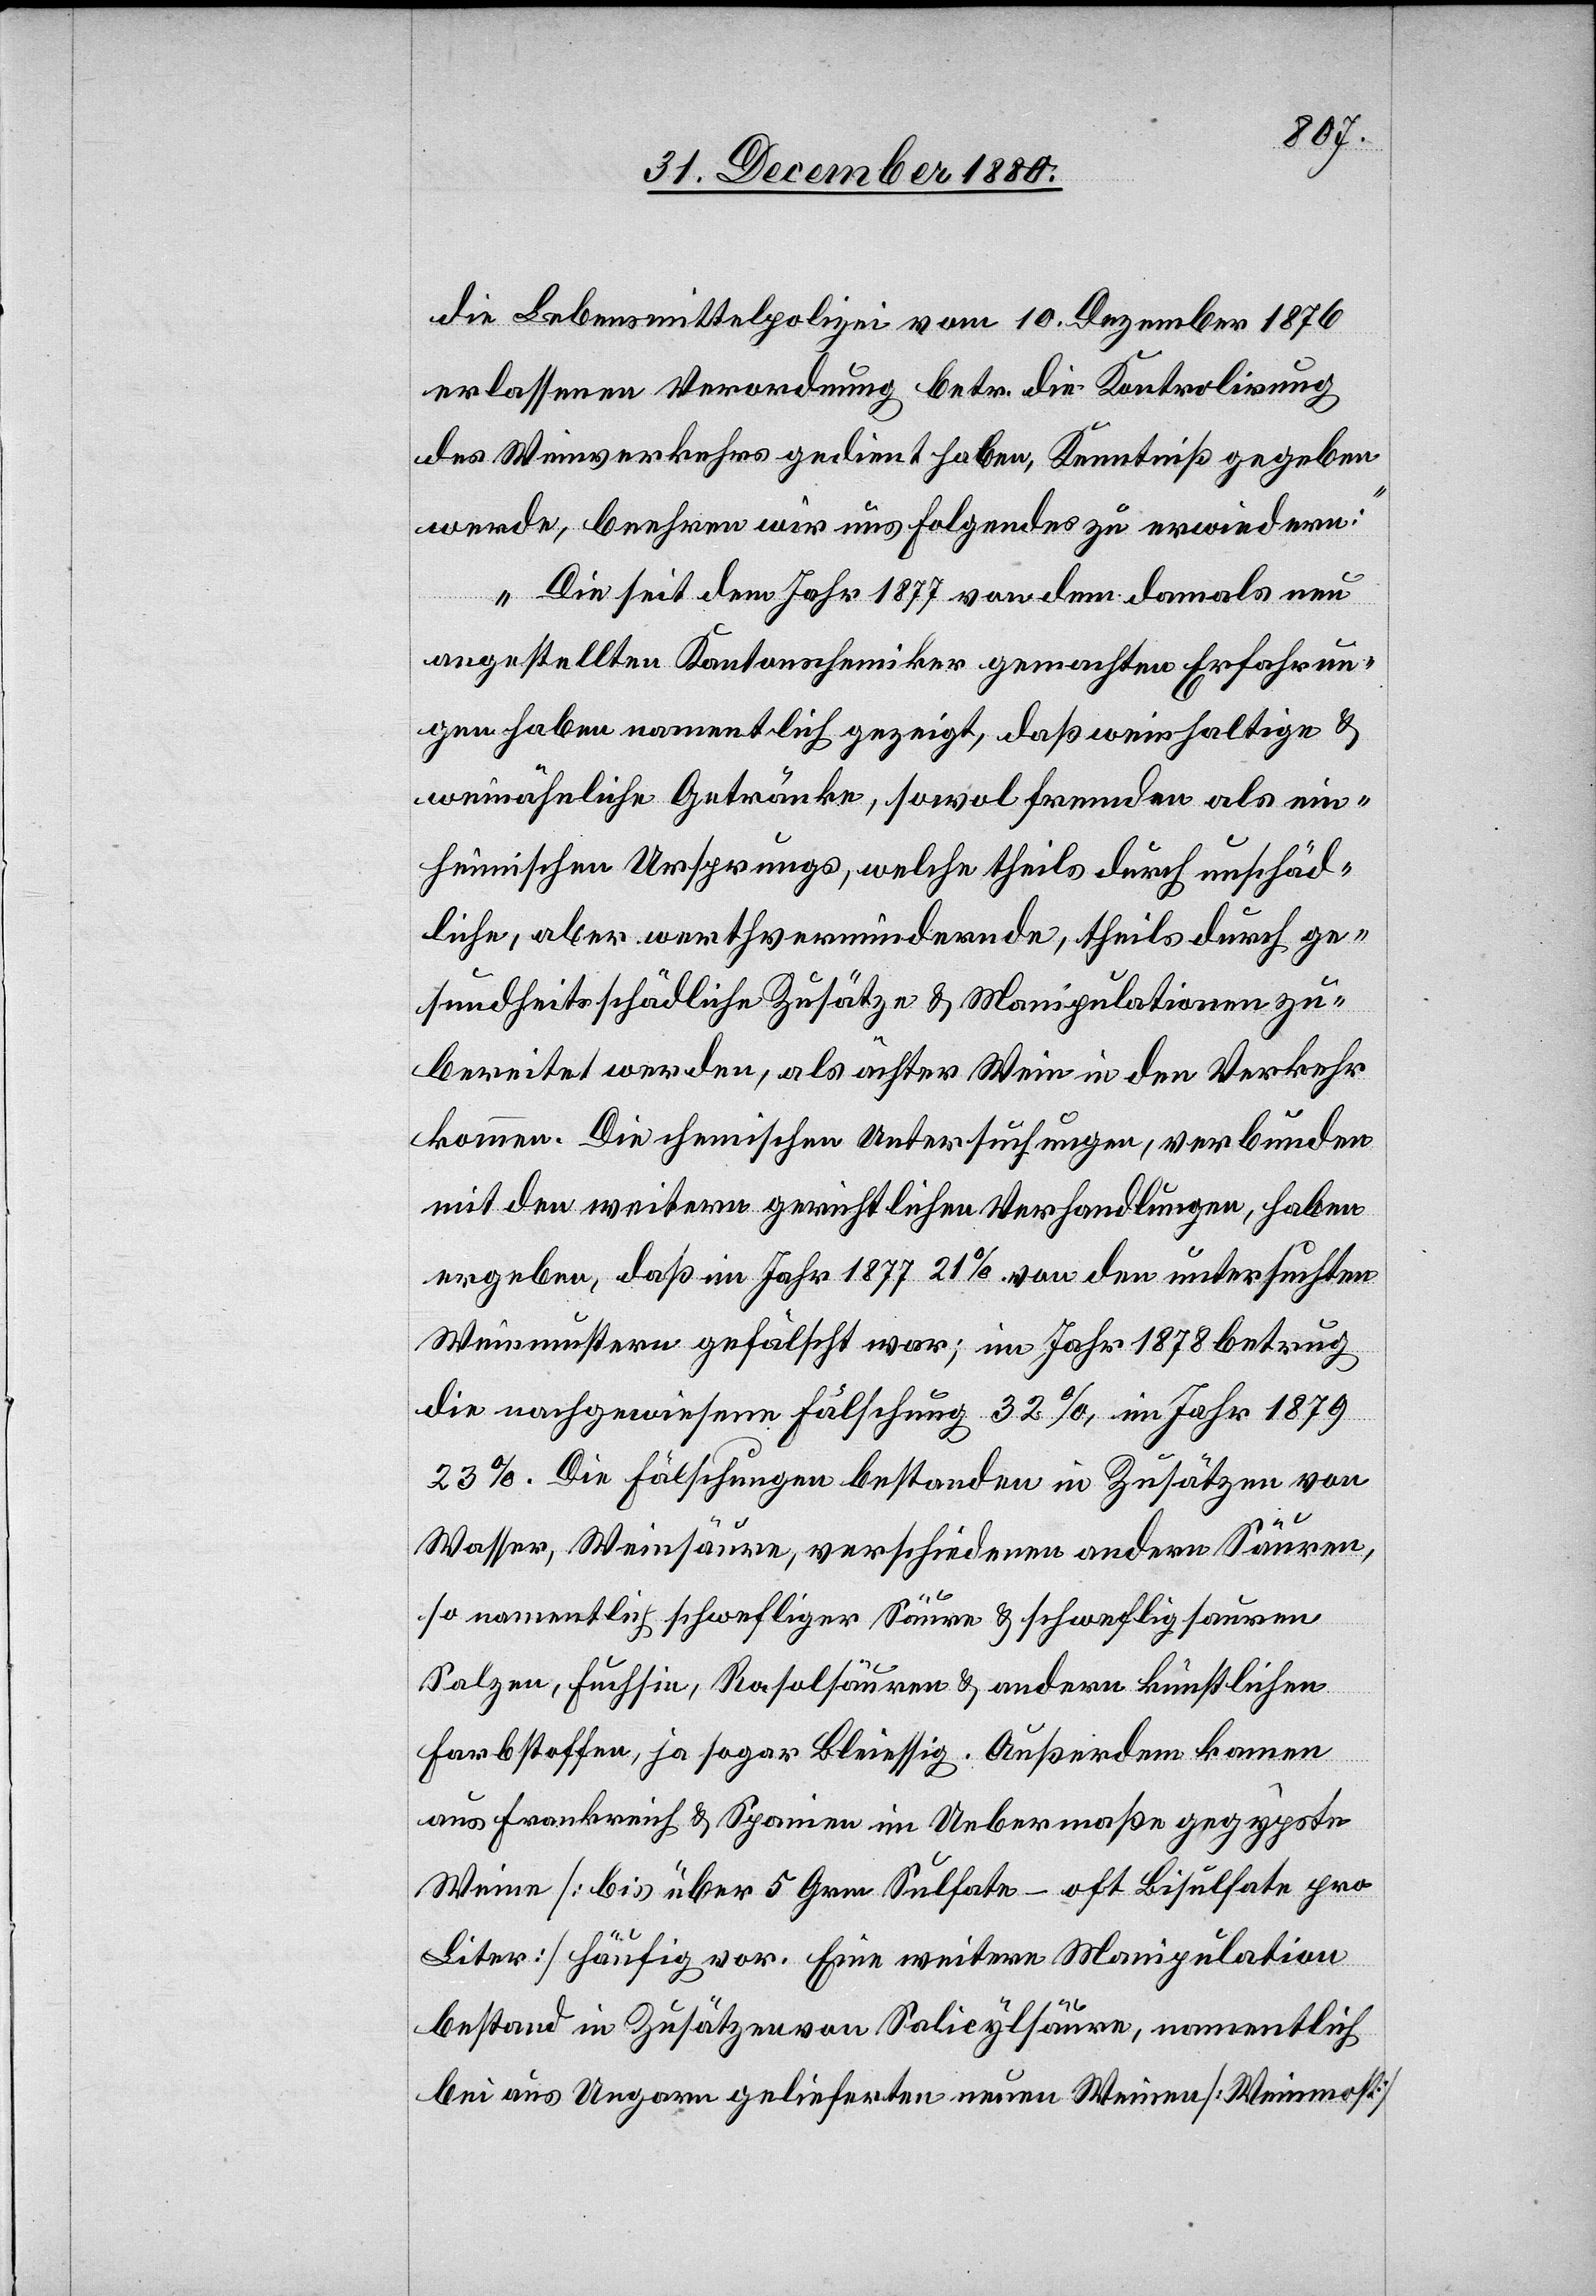
die Lebensmittelpolizei vom 10. Dezember 1876
erlassenen Verordnung betr. die Kontrolirung
des Weinverkehres gedient haben, Kenntniß gegeben
werde, beehren wir uns Folgendes zu erwiedern:
Die seit dem Jahr 1877 von dem damals neu
angestellten Kantonschemiker gemachten Erfahrun¬
gen haben namentlich gezeigt, daß weinhaltige &
weinähnliche Getränke, sowol fremden als ein¬
heimischen Ursprungs, welche theils durch unschäd¬
liche, aber werthvermindernde, theils durch ge¬
sundheitsschädliche Zusätze & Manipulationen zu¬
bereitet werden, als ächter Wein in den Verkehr
kommen. Die chemischen Untersuchungen, verbunden
mit den weitern gerichtlichen Verhandlungen, haben
ergeben, daß im Jahr 1877 21% von den untersuchten
Weinmustern gefälscht war; im Jahr 1878 betrug
die nachgewiesene Fälschung 32%, im Jahr 1879
23%. Die Fälschungen bestanden in Zusätzen von
Wasser, Weinsäure, verschiedenen andern Säuren,
so namentlich schwefliger Säure & schweflig sauren
Salzen, Fuchsin, Rosolsäuren & andern künstlichen
Farbstoffen, ja sogar Bleiessig. Außerdem kamen
aus Frankreich & Spanien im Uebermaße gegypste
Weine [bis über 5 Grm Sulfate – oft Bisulfate pro
Liter] häufig vor. Eine weitere Manipulation
bestand in Zusätzen von Salicylsäure, namentlich
bei aus Ungarn gelieferten neuen Weinen [Weinmost]